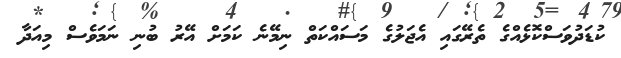
ކުޑަދުވަސްކޮޅެއްގެ ތެރޭގައި އެޖަލުގެ މަސައްކަތް ނިމޭނެ ކަމަށް އޭރު ބުނި ނަމަވެސް މިއަދާ